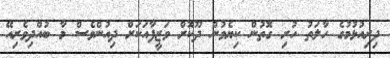
ދިރިއުޅުމުގެ ހާލަތު ހުރި ގޮތުން ކިޔެވުން ދޫކޮށް ވަޒީފާއަކަށް ދިއުންވެސް މާ ބުއްދިވެރިއޭ